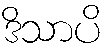
ဒိသာပိ